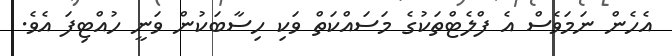
އެހެން ނަމަވެސް އެ ފްލެޓްތަކުގެ މަސައްކަތް ވަކި ހިސާބަކުން ވަނީ ހުއްޓިފަ އެވެ.